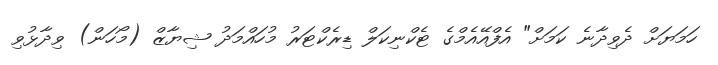
ހަމަޔަށް ދެވިދާނެ ކަމަށް" އެފްއޭއެމްގެ ޓެކްނިކަލް ޑިރެކްޓަރު މުހައްމަދު ޝިޔާޒް (މޯހަން) ވިދާޅުވި